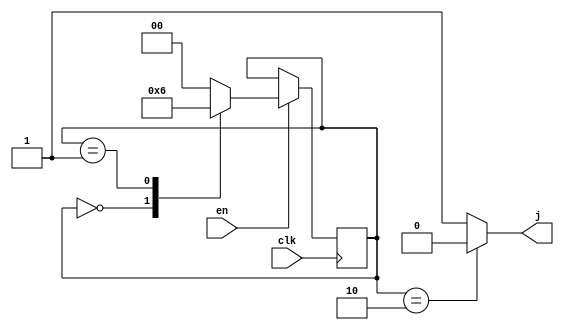
`timescale 1ns / 1ps
//////////////////////////////////////////////////////////////////////////////////
// Company: UESTC ESE
// 
// Design Name: 
// Module Name: counter
// Project Name: 
// Target Devices: 
// Tool Versions: 
// Description: 
// 
// Dependencies: 
// 
// Revision:
// Revision 0.01 - File Created
// Additional Comments:
// 
//////////////////////////////////////////////////////////////////////////////////


module counter(
    input clk,
    input en,
    output reg j
    );
    reg [1:0] state, snext;
    parameter [1:0] INIT    = 2'b00,
                    ADVANCE = 2'b01,
                    BACK    = 2'b10;
    
    always @ (posedge clk)
        state <= snext;
    
    always @ (en, state) begin
      if(en == 1) begin
        case (state)
            INIT:       snext = ADVANCE;
            ADVANCE:    snext = BACK;
            BACK:       snext = INIT;
            default:    snext = INIT;
        endcase
      end
      else snext = state;
    end
    
    always @ (state) begin
        if(state == BACK) j = 0;
        else j = 1;
    end
endmodule